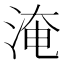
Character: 淹